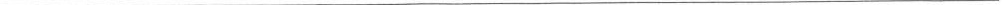
___